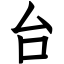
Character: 台